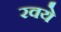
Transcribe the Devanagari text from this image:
रवये